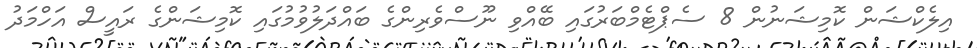
އިލެކްޝަން ކޮމިޝަނުން 8 ސެޕްޓެމްބަރުގައި ބޭއްވި ނޫސްވެރިންގެ ބައްދަލުވުމުގައި ކޮމިޝަންގެ ރައީސް އަހްމަދު